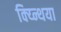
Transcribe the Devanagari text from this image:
क्य्न्थिया